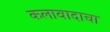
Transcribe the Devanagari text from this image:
कलावादाचा